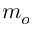
m _ { o }